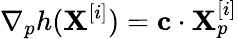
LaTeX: \nabla_{p}h(\mathbf{X}^{[i]})=\mathbf{c}\cdot\mathbf{X}_{p}^{[i]}